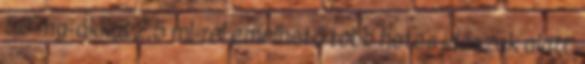
50 mg-okkal 2,5 ml-rel emelhető több hetes időszak alatt.